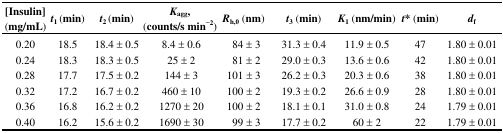
<table><thead><tr><td rowspan="3"><b>[Insulin] (mg/mL)</b></td><td rowspan="3"><b><i>t</i><sub>1</sub> (min)</b></td><td rowspan="3"><b><i>t</i><sub>2</sub> (min)</b></td><td rowspan="3"><b><i>K</i><sub>agg</sub>, (counts/s min<sup>−2</sup>)</b></td><td rowspan="3"><b><i>R</i><sub>h,0</sub> (nm)</b></td><td rowspan="3"><b><i>t</i><sub>3</sub> (min)</b></td><td rowspan="3"><b><i>K</i><sub>1</sub> (nm/min)</b></td><td rowspan="3"><b><i>t</i>* (min)</b></td><td rowspan="3"><b><i>d</i><sub>f</sub></b></td></tr></thead><tbody><tr><td>0.20</td><td>18.5</td><td>18.4 ± 0.5</td><td>8.4 ± 0.6</td><td>84 ± 3</td><td>31.3 ± 0.4</td><td>11.9 ± 0.5</td><td>47</td><td>1.80 ± 0.01</td></tr><tr><td>0.24</td><td>18.3</td><td>18.3 ± 0.5</td><td>25 ± 2</td><td>81 ± 2</td><td>29.0 ± 0.3</td><td>13.6 ± 0.6</td><td>42</td><td>1.80 ± 0.01</td></tr><tr><td>0.28</td><td>17.7</td><td>17.5 ± 0.2</td><td>144 ± 3</td><td>101 ± 3</td><td>26.2 ± 0.3</td><td>20.3 ± 0.6</td><td>38</td><td>1.80 ± 0.01</td></tr><tr><td>0.32</td><td>17.2</td><td>16.7 ± 0.2</td><td>460 ± 10</td><td>100 ± 2</td><td>19.3 ± 0.2</td><td>26.6 ± 0.9</td><td>28</td><td>1.80 ± 0.01</td></tr><tr><td>0.36</td><td>16.8</td><td>16.2 ± 0.2</td><td>1270 ± 20</td><td>100 ± 2</td><td>18.1 ± 0.1</td><td>31.0 ± 0.8</td><td>24</td><td>1.79 ± 0.01</td></tr><tr><td>0.40</td><td>16.2</td><td>15.6 ± 0.2</td><td>1690 ± 30</td><td>99 ± 3</td><td>17.7 ± 0.2</td><td>60 ± 2</td><td>22</td><td>1.79 ± 0.01</td></tr></tbody></table>